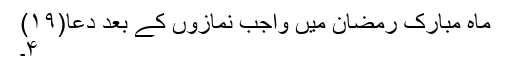
ماہ مبارک رمضان میں واجب نمازوں کے بعد دُعا(۱۹)
۴۔